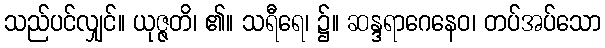
သည်ပင်လျှင်။ ယုဇ္ဇတိ၊ ၏။ သရီရေ၊ ၌။ ဆန္ဒရာဂေနေဝ၊ တပ်အပ်သော